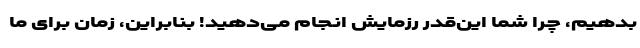
بدهیم، چرا شما این‌قدر رزمایش انجام می‌دهید! بنابراین، زمان برای ما